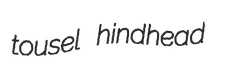
tousel hindhead